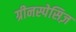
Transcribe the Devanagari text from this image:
ग्रीनस्पेसिज़